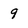
Character: 9